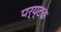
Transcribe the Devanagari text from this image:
पर्य्टक